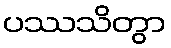
ပဿသိတွာ